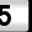
Digit: 5